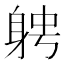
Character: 𨉂